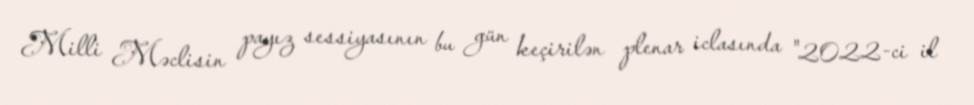
Milli Məclisin payız sessiyasının bu gün keçirilən plenar iclasında "2022-ci il